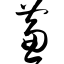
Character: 蒹